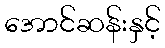
အောင်ဆန်းနှင့်